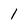
Character: 1